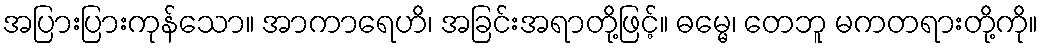
အပြားပြားကုန်သော။ အာကာရေဟိ၊ အခြင်းအရာတို့ဖြင့်။ ဓမ္မေ၊ တေဘူ မကတရားတို့ကို။